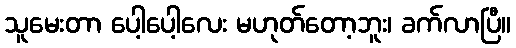
သူမေးတာ ပေါ့ပေါ့လေး မဟုတ်တော့ဘူး၊ ခက်လာပြီ။